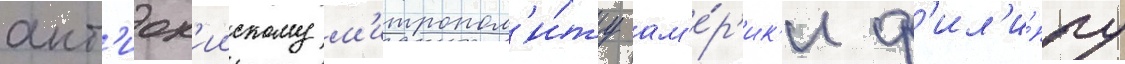
ант'иох'иискому м'итропол'и́ту ам'е́р'ик'и ф'ил'и́ппу